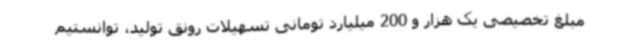
مبلغ تخصیصی یک هزار و 200 میلیارد تومانی تسهیلات رونق تولید، توانستیم